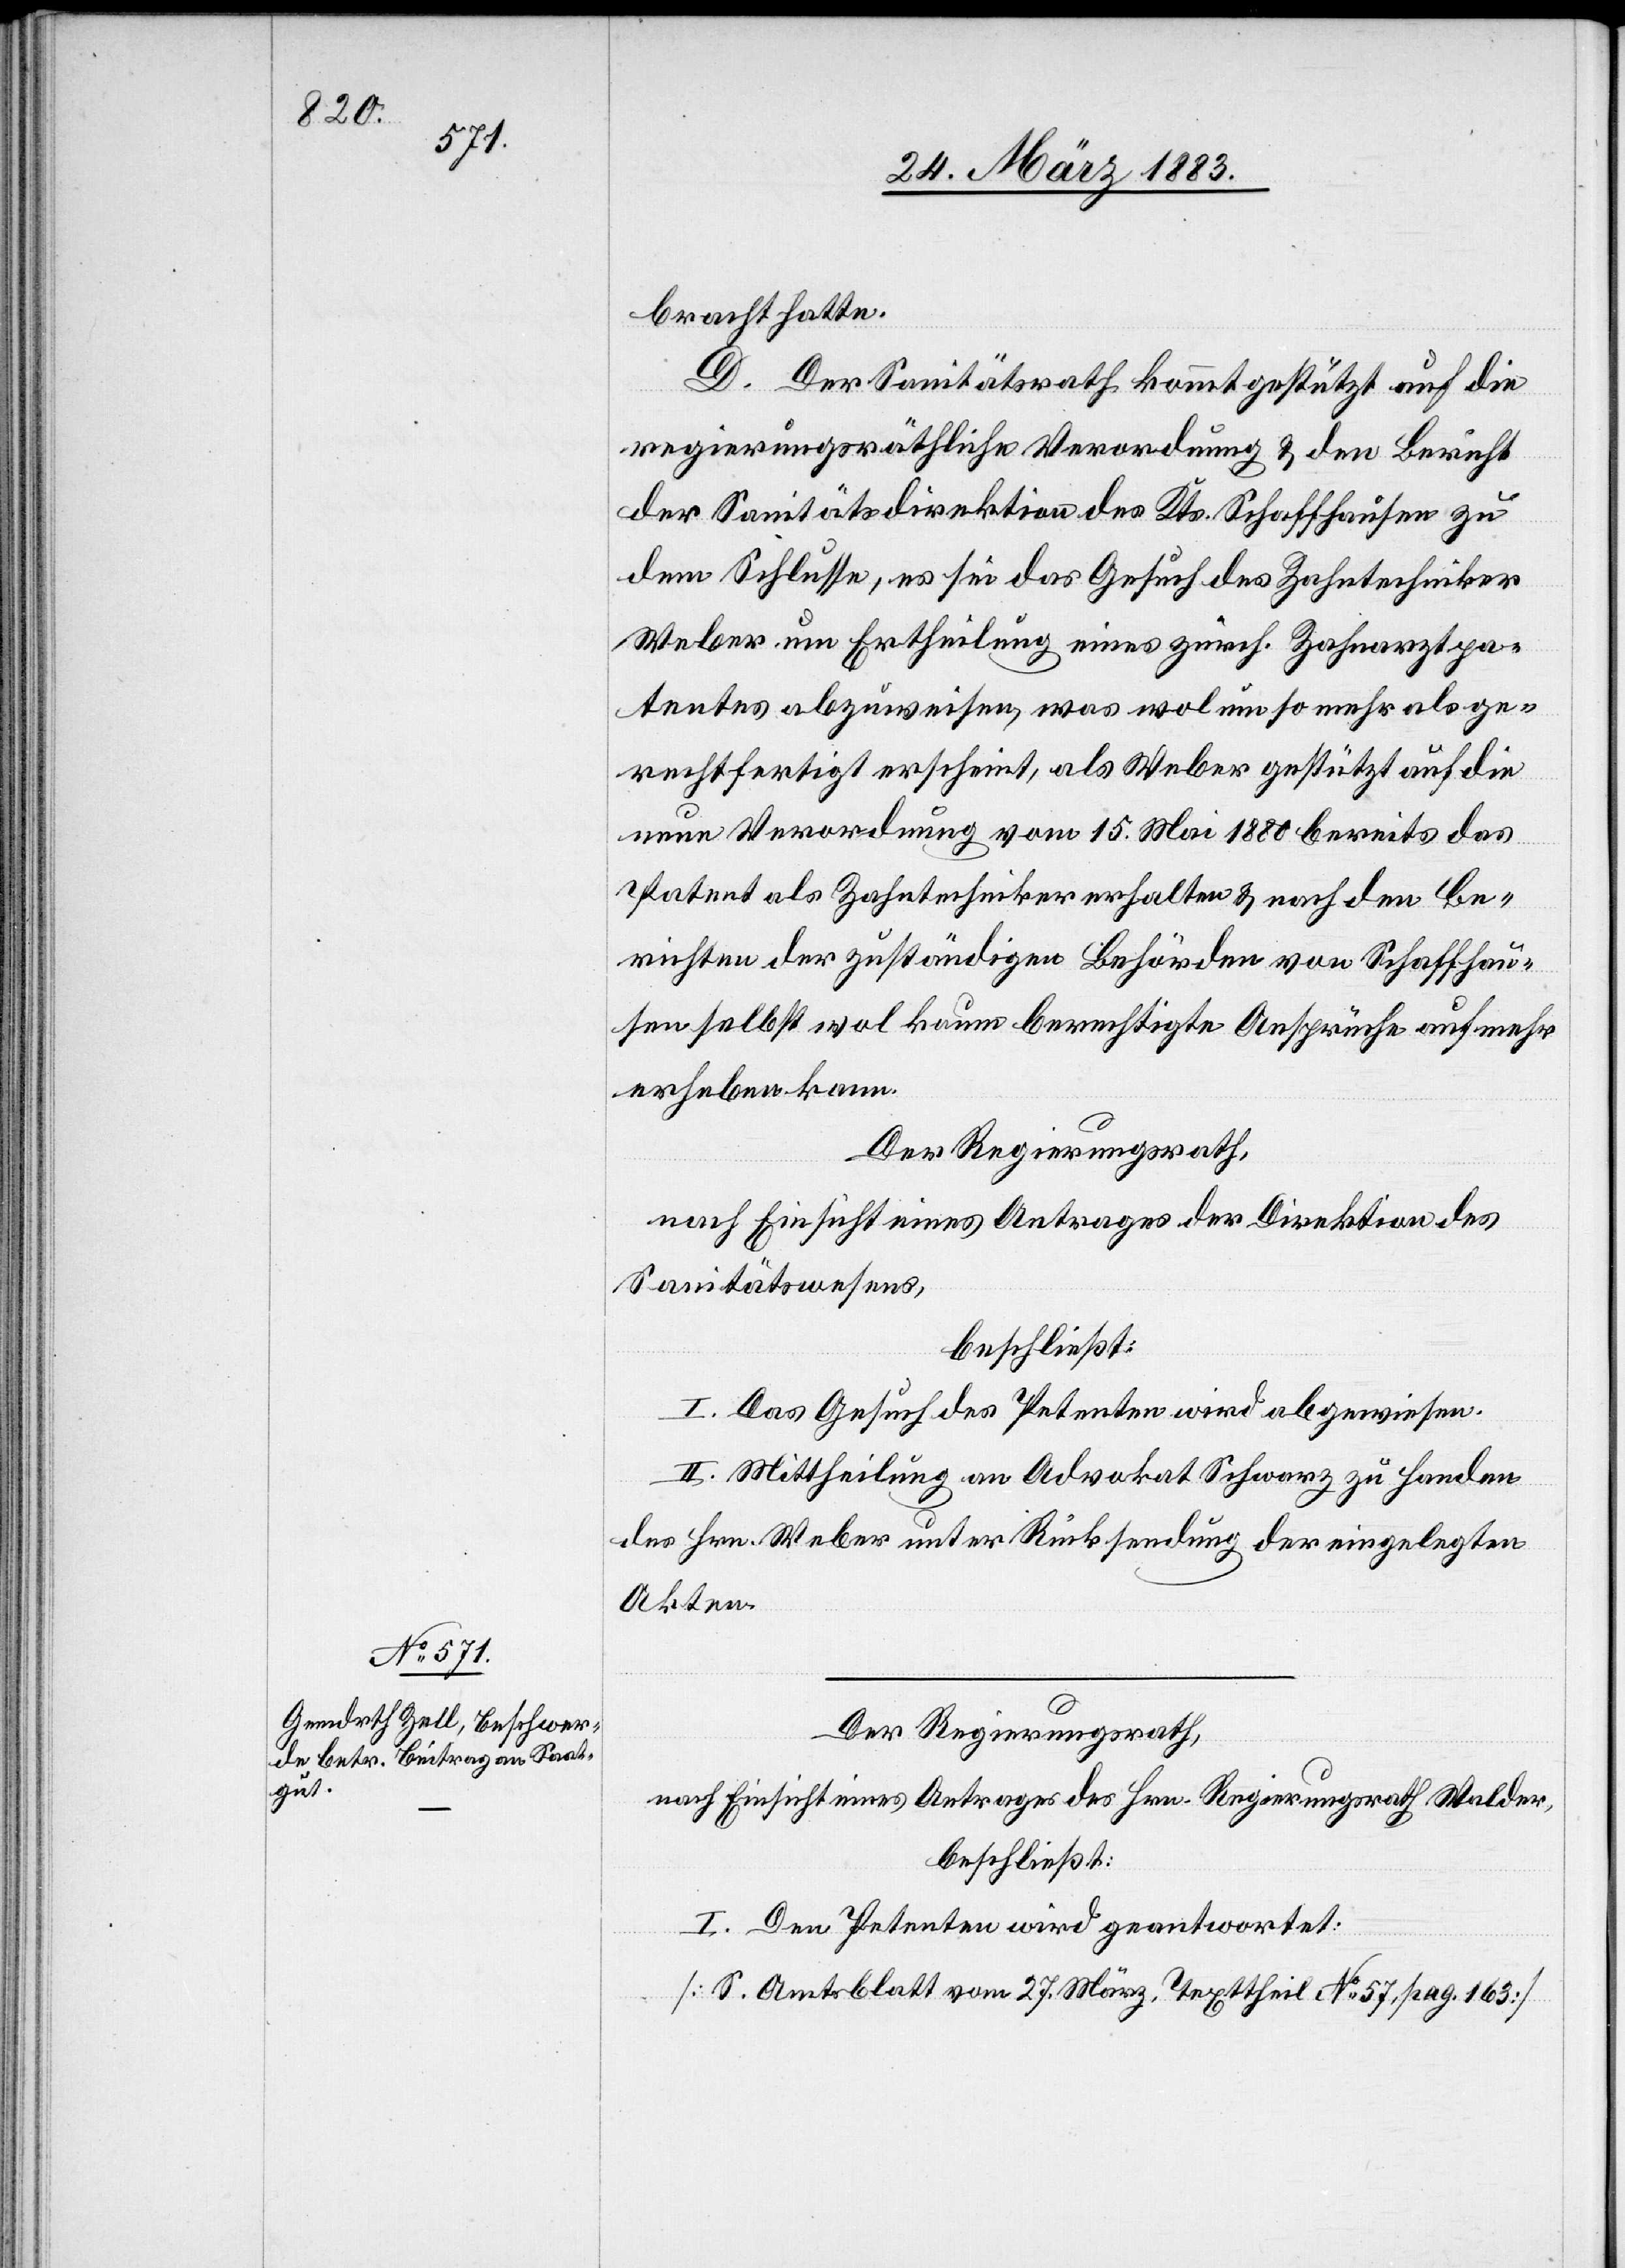
bracht hatte.
D. Der Sanitätsrath kommt gestützt auf die
regierungsräthliche Verordnung & den Bericht
der Sanitätsdirektion des Kts. Schaffhausen zu
dem Schlusse, es sei das Gesuch des Zahntechniker
Weber um Ertheilung eines zürch. Zahnarztpa¬
tentes abzuweisen, was wol um so mehr als ge¬
rechtfertigt erscheint, als Weber gestützt auf die
neue Verordnung vom 15. Mai 1880 bereits das
Patent als Zahntechniker erhalten & nach den Be¬
richten der zuständigen Behörden von Schaffhau¬
sen selbst wol kaum berechtigte Ansprüche auf mehr
erheben kann.
Der Regierungsrath,
nach Einsicht eines Antrages der Direktion des
Sanitätswesens,
beschließt:
I. Das Gesuch des Petenten wird abgewiesen.
II. Mittheilung an Advokat Schwarz zu Handen
des Hrn. Weber unter Rücksendung der eingelegten
Akten.